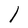
Character: l